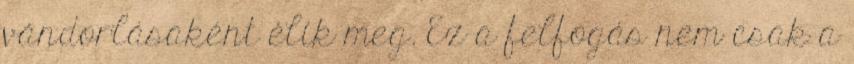
vándorlásaként élik meg. Ez a felfogás nem csak a